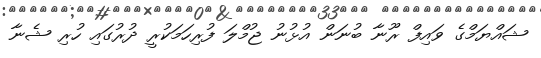
ޝައްޔަމްގެ ވައިފް ރޫނާ ބުނަން އުޅުނު ޖުމްލަ ފުރިހަމަކުރީ ދުރުގައި ހުރި ޝެނާ